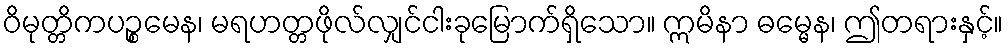
ဝိမုတ္တိကပဉ္စမေန၊ မရဟတ္တဖိုလ်လျှင်ငါးခုမြောက်ရှိသော။ ဣမိနာ ဓမ္မေန၊ ဤတရားနှင့်။